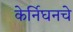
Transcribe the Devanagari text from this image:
केर्निघनचे